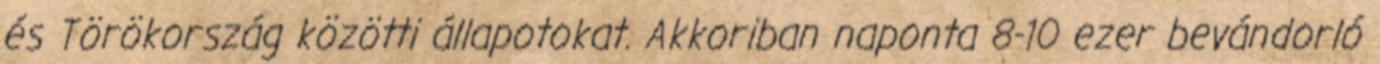
és Törökország közötti állapotokat. Akkoriban naponta 8-10 ezer bevándorló